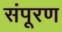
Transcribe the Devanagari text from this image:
संपूरण